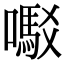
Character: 𫬇